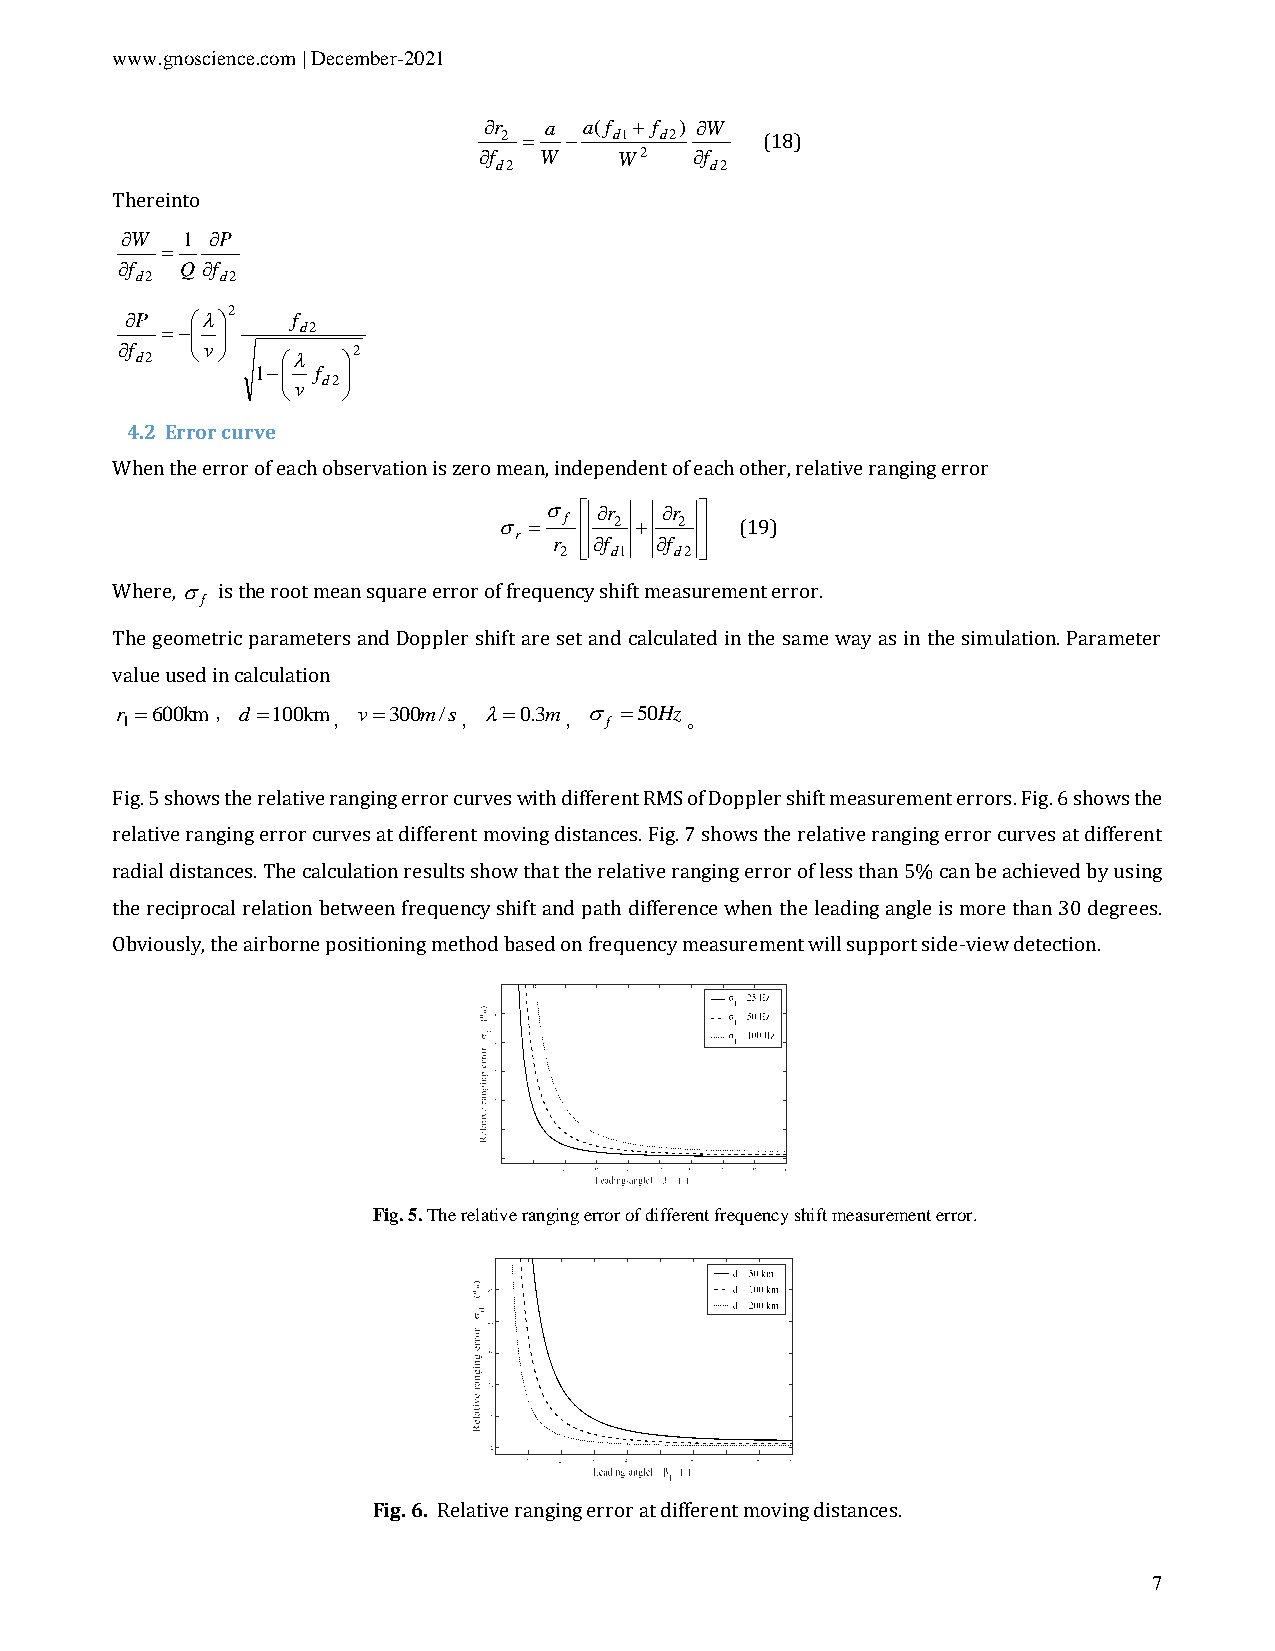
www.gnoscience.com | December-2021
 r  a  a(f + f ) W
 2 = −   d1 d2     (18)
 f  W    W2   f
 d2            d2
 Thereinto
 W  1 P
 =
 f  Q f
 d2    d2
 2
 P      f
 =−     d2
 f   v       2
 d2          
 1− f 
 v d2 
 4.2 Error curve
 When the error of each observation is zero mean, independent of each other, relative ranging error
   r  r 
  = f  2 + 2  (19)
 r
 r 2 f d1 f d2 
 Where,  is the root mean square error of frequency shift measurement error.
 f
 The geometric parameters and Doppler shift are set and calculated in the same way as in the simulation. Parameter
 value used in calculation
 r 1=600km，d =100km，v=300m/s，=0.3m，
 f
 =50Hz。
 Fig. 5 shows the relative ranging error curves with different RMS of Doppler shift measurement errors. Fig. 6 shows the
 relative ranging error curves at different moving distances. Fig. 7 shows the relative ranging error curves at different
 radial distances. The calculation results show that the relative ranging error of less than 5% can be achieved by using
 the reciprocal relation between frequency shift and path difference when the leading angle is more than 30 degrees.
 Obviously, the airborne positioning method based on frequency measurement will support side-view detection.
 Fig. 5. The relative ranging error of different frequency shift measurement error.
 Fig. 6. Relative ranging error at different moving distances.
 7